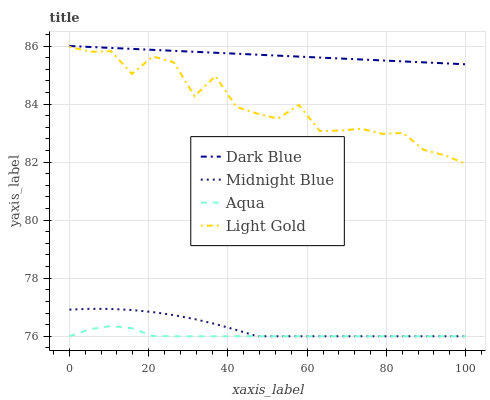
| xaxis_label | Dark Blue | Midnight Blue | Aqua | Light Gold |
 | --- | --- | --- | --- | --- |
 | 0 | 86 | 76.9 | 76 | 86 |
 | 5.26 | 86 | 76.9 | 76.2 | 85.8 |
 | 10.5 | 85.9 | 76.9 | 76.4 | 85.8 |
 | 15.8 | 85.9 | 76.9 | 76.3 | 85 |
 | 21.1 | 85.9 | 76.8 | 76 | 85.6 |
 | 26.3 | 85.8 | 76.7 | 76 | 85.4 |
 | 31.6 | 85.8 | 76.6 | 76 | 84.3 |
 | 36.8 | 85.8 | 76.4 | 76 | 85 |
 | 42.1 | 85.7 | 76.2 | 76 | 83.9 |
 | 47.4 | 85.7 | 76 | 76 | 83.7 |
 | 52.6 | 85.7 | 76 | 76 | 83.5 |
 | 57.9 | 85.6 | 76 | 76 | 84 |
 | 63.2 | 85.6 | 76 | 76 | 83.1 |
 | 68.4 | 85.6 | 76 | 76 | 83.1 |
 | 73.7 | 85.5 | 76 | 76 | 83.2 |
 | 78.9 | 85.5 | 76 | 76 | 83 |
 | 84.2 | 85.5 | 76 | 76 | 83 |
 | 89.5 | 85.4 | 76 | 76 | 82.4 |
 | 94.7 | 85.4 | 76 | 76 | 82.2 |
 | 100 | 85.4 | 76 | 76 | 81.9 |